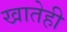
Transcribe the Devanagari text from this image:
खातेही